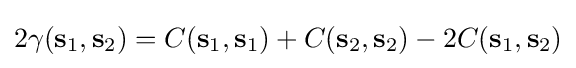
2\gamma (\mathbf {s} _{1},\mathbf {s} _{2})=C(\mathbf {s} _{1},\mathbf {s} _{1})+C(\mathbf {s} _{2},\mathbf {s} _{2})-2C(\mathbf {s} _{1},\mathbf {s} _{2})